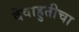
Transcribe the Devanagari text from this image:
देवाहुतीचा